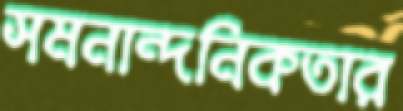
সমনান্দনিকতার